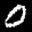
Digit: 0